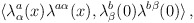
\begin{align*}\langle \lambda^a_\alpha (x)\lambda^{a\alpha}(x),\lambda^b_\beta (0)\lambda^{b\beta}(0) \rangle\, ,\end{align*}